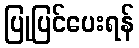
ပြုပြင်ပေးရန်